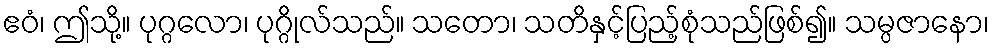
ဧဝံ၊ ဤသို့။ ပုဂ္ဂလော၊ ပုဂ္ဂိုလ်သည်။ သတော၊ သတိနှင့်ပြည့်စုံသည်ဖြစ်၍။ သမ္ပဇာနော၊